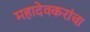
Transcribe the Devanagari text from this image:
महादेवकरांचा